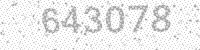
Solution: 643078